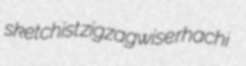
sketchist zigzagwise rhachi